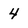
Character: 4